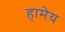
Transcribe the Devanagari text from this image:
हामेय